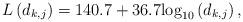
LaTeX: \begin{align*}L\left(d_{k,j}\right)=140.7 + 36.7{\log _{10}}\left( {{d_{{{k,j}}}}} \right),\end{align*}